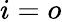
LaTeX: i=o